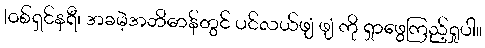
|ဝစ်ရှင်နရီ၊ အခမဲ့အဘိဓာန်တွင် ပင်လယ်ဖျံ ဖျံ ကို ရှာဖွေကြည့်ရှုပါ။